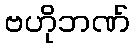
ဗဟိုဘဏ်